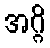
အဂ္ဂိ